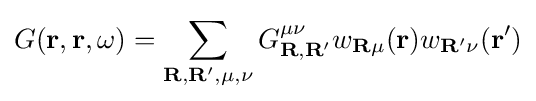
G(\mathbf {r} ,\mathbf {r} ,\omega )=\sum _{\mathbf {R} ,\mathbf {R} ^{\prime },\mu ,\nu }G_{\mathbf {R} ,\mathbf {R} ^{\prime }}^{\mu \nu }w_{\mathbf {R} \mu }(\mathbf {r} )w_{\mathbf {R} ^{\prime }\nu }(\mathbf {r} ^{\prime })